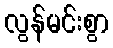
လွန်မင်းစွာ